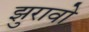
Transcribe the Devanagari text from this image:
झुरावो